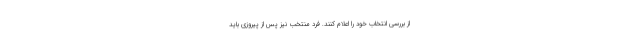
از بررسی انتخاب خود را اعلام کنند. فرد منتخب نیز پس از پیروزی باید